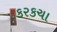
કરકચા